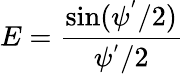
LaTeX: E={\frac{\sin(\psi^{'}/2)}{\psi^{'}/2}}